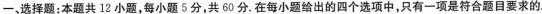
一、选择题：本题共12小题，每小题5分，共60分.在每小题给出的四个选项中，只有一项是符合题目要求的.